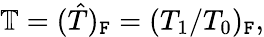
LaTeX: \mathbb{T}=(\hat{T})_{\mathtt{F}}=(T_{1}/T_{0})_{\mathtt{F}},